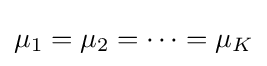
\mu _{1}=\mu _{2}=\cdots =\mu _{K}